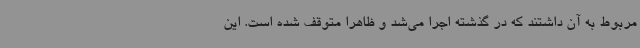
مربوط به آن داشتند که در گذشته اجرا می‌شد و ظاهرا متوقف شده است. این